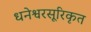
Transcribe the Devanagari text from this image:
धनेश्वरसूरिकृत